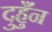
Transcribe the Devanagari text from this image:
दुहुँन